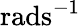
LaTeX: \mathrm{rads}^{-1}